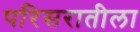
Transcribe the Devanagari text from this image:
परिसरातीला